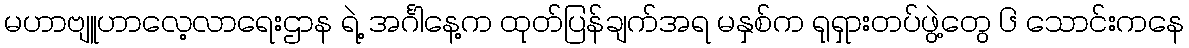
မဟာဗျူဟာလေ့လာရေးဌာန ရဲ့ အင်္ဂါနေ့က ထုတ်ပြန်ချက်အရ မနှစ်က ရုရှားတပ်ဖွဲ့တွေ ၆ သောင်းကနေ